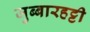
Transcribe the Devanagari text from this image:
जुब्‍बारहट्टी